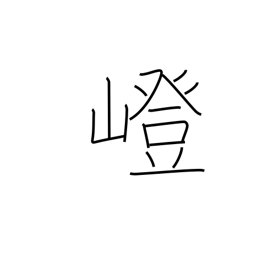
Meaning: uphill path